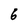
Character: 6